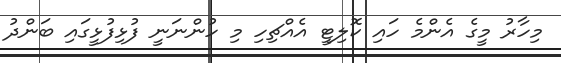
މިހާރު މީގެ އެންމެ ހައި ކޮލިޓީ އެއްޗިހި މި ހުންނަނީ ފުޅިފުޅީގައި ބަންދު